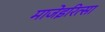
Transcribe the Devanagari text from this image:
माजेइरित्सा